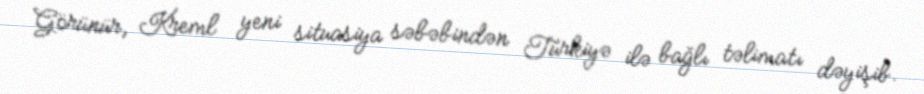
Görünür, Kreml yeni situasiya səbəbindən Türkiyə ilə bağlı təlimatı dəyişib.